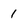
Character: 1